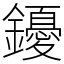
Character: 䥳